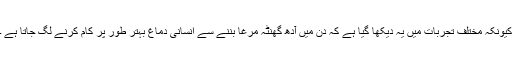
کیونکہ مختلف تجربات میں یہ دیکھا گیا ہے کہ دن میں آدھ گھنٹہ مرغا بننے سے انسانی دماغ بہتر طور پر کام کرنے لگ جاتا ہے ۔